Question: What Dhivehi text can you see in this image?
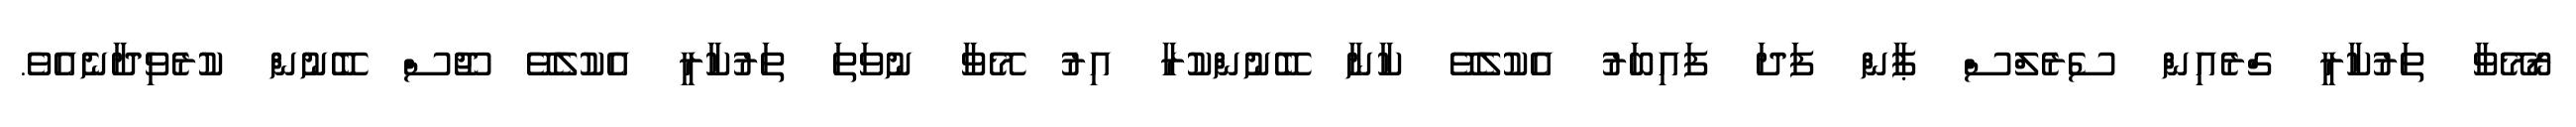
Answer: ރޯމޭވާ ތަރުކާރީ ގްރެއިން ސެރެލްސް ޕާން ފަދަ ފައިބަރު އެކުލެވޭ ކާނާ ބޭނުންކުރާ އިރު މޭވާ ނުވަތަ ތަރުކާރީ އެކުލެވޭ ޖޫސް ބޭނުން ކުރެވިދާނެއެވެ.